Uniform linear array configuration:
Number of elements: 8
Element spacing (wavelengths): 0.25
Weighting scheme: blackman
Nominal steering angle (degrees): -30
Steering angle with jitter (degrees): -31.491
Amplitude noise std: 0.05
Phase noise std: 0.05

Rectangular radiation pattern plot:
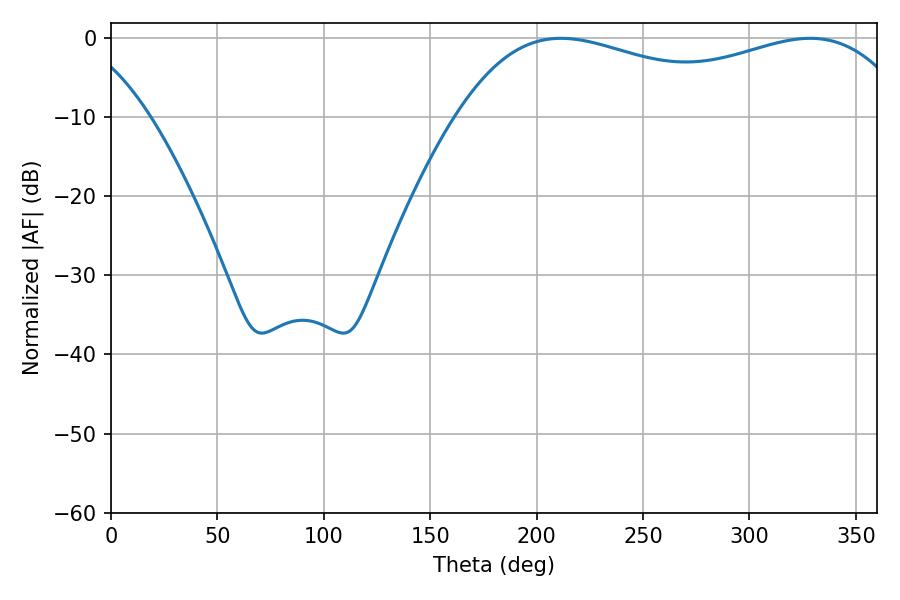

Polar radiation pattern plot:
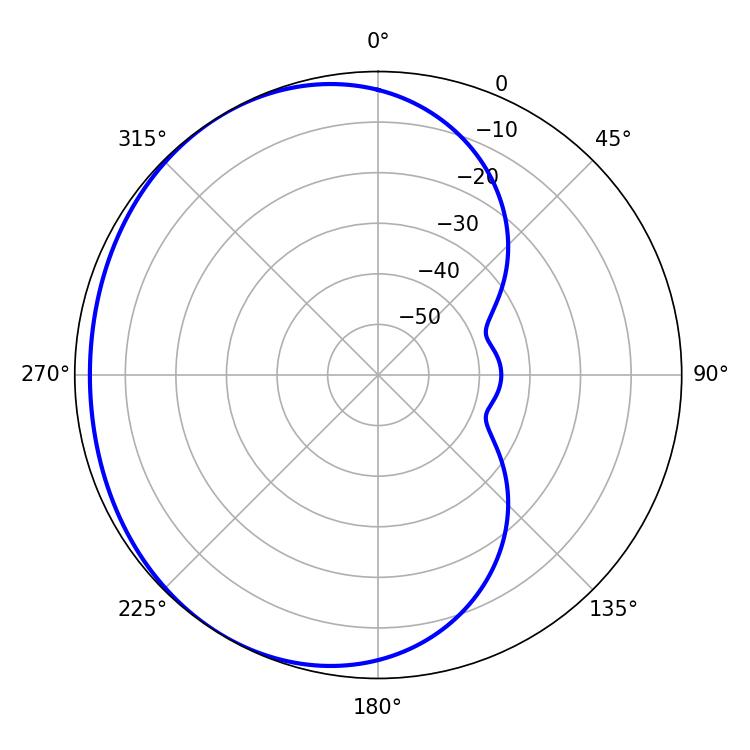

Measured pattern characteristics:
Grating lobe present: FALSE
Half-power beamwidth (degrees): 174.6
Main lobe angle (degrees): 211.5